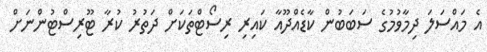
އެ މައްސަލަ ދިމާވުމުގެ ސަބަބުން ކާޑެއްދޫއާ ކައިރި ރިސޯޓްތަކަށް ދަތުރު ކުރާ ޓޫރިސްޓުންނަށް